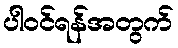
ပါဝင်ရန်အတွက်